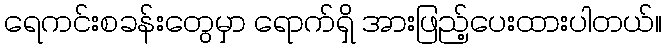
ရေကင်းစခန်းတွေမှာ ရောက်ရှိ အားဖြည့်ပေးထားပါတယ်။